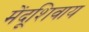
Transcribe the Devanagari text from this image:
मेंदूशिवाय